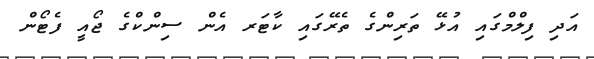
އަދި ފިލްމްގައި އުޅޭ ތަރިންގެ ތެރޭގައި ކާޓަރ އެން ސިންކްގެ ޖޯއީ ފެޓޯން